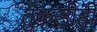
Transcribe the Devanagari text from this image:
तुकडीही